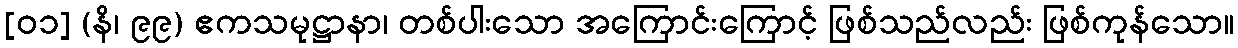
[၀၁] (နိ၊ ၉၉) ဧကသမုဋ္ဌာနာ၊ တစ်ပါးသော အကြောင်းကြောင့် ဖြစ်သည်လည်း ဖြစ်ကုန်သော။